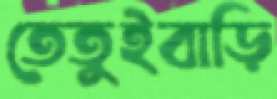
তেতুইবাড়ি